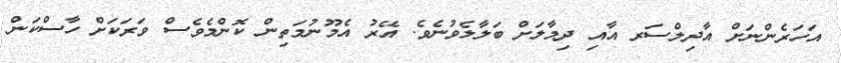
އަހަރެންނަށް އާދިލްސަރ އާއި ދިމާލަށް ބަލާލެވުނެވެ. އޭރު އެމޫނުމަތިން ކޮންމެވެސް ވަރަކަށް ހާސްކަން